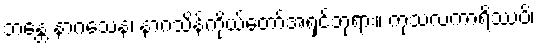
ဘန္တေ နာဂသေန၊ နာဂသိန်ကိုယ်တော်အရှင်ဘုရား။ ကုသလကာရိဿပိ၊